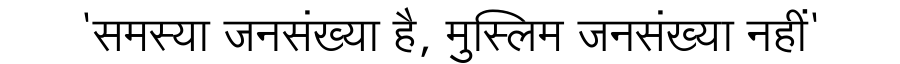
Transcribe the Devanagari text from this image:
'समस्या जनसंख्या है, मुस्लिम जनसंख्या नहीं'